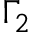
\Gamma _ { 2 }